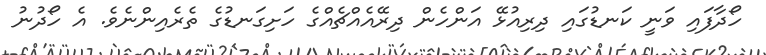
ހޯދާފައި ވަނީ ކަނޑުގައި ދިރިއުޅޭ އަންހެން ދިރޭއެއްޗެއްގެ ހަށިގަނޑުގެ ތެރެއިންނެވެ. އެ ހޯދުނު